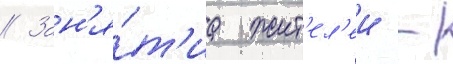
// Зан'я́т'иа жит'ел'еи -